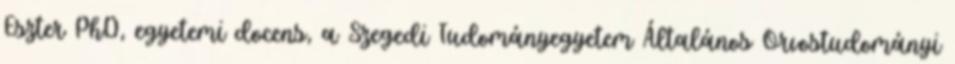
Eszter PhD, egyetemi docens, a Szegedi Tudományegyetem Általános Orvostudományi